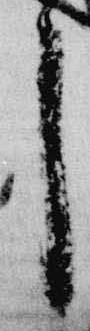
了